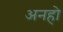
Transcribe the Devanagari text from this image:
अनहो